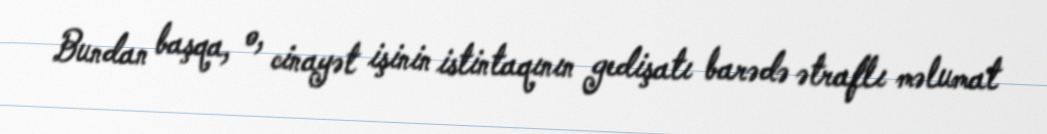
Bundan başqa, o, cinayət işinin istintaqının gedişatı barədə ətraflı məlumat